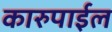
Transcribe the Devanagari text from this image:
कारुपाईल